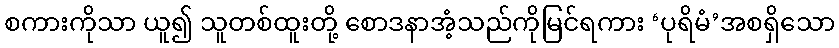
စကားကိုသာ ယူ၍ သူတစ်ထူးတို့ စောဒနာအံ့သည်ကိုမြင်ရကား ‘ပုရိမံ’အစရှိသော